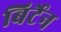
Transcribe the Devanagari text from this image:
बिर्टेन